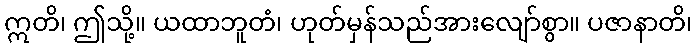
ဣတိ၊ ဤသို့။ ယထာဘူတံ၊ ဟုတ်မှန်သည်အားလျော်စွာ။ ပဇာနာတိ၊